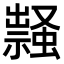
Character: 𧑎